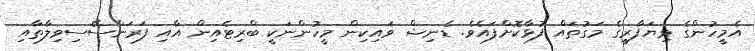
އެމީހުންގެ ވިޔަފާރީގެ މަގުތައް ފުޅާކޮށްފައެވެ. ޑެނިޝް ވައިކިން މީހުންނަކީ ބްރިޓެއިން އާއި ފަރަންސޭސިވިލާތާއި